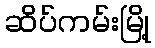
ဆိပ်ကမ်းမြို့